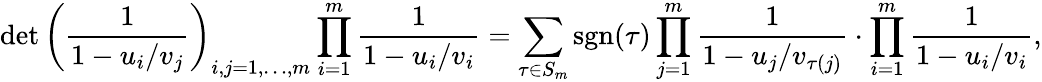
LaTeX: \operatorname*{det}\left(\frac{1}{1-u_{i}/v_{j}}\right)_{i,j=1,\dots,m}\prod_{i=1}^{m}\frac{1}{1-u_{i}/v_{i}}=\sum_{\tau\in S_{m}}{\mathrm{sgn}}(\tau)\prod_{j=1}^{m}\frac{1}{1-u_{j}/v_{\tau(j)}}\cdot\prod_{i=1}^{m}\frac{1}{1-u_{i}/v_{i}},